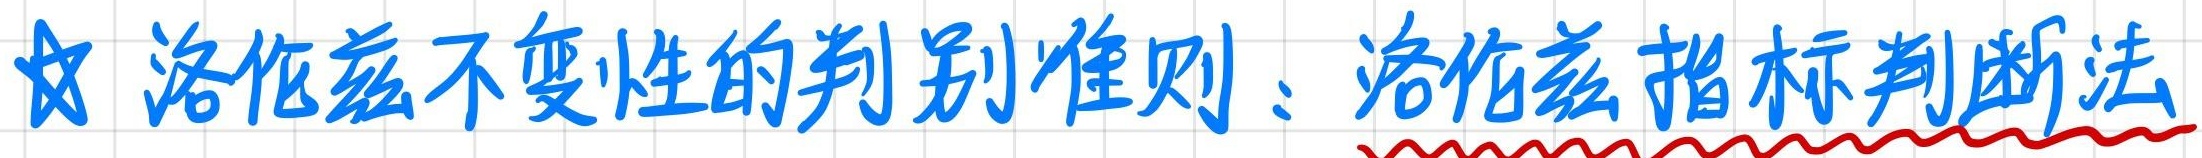
洛伦兹不变性的判别准则：洛伦兹指标判断法